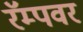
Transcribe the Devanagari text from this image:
रॅम्पवर